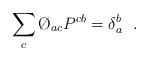
LaTeX: \begin{align*}\sum _{c}\O_{ac}P^{cb}=\delta _{a}^{b}\ \ .\end{align*}